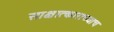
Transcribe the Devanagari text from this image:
साक्षात्काराच्याच